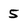
Character: 5